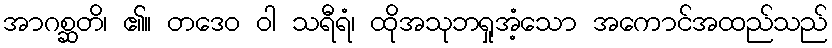
အာဂစ္ဆတိ၊ ၏။ တဒေဝ ဝါ သရီရံ၊ ထိုအသုဘရှုအံ့သော အကောင်အထည်သည်